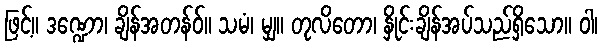
ဖြင့်။ ဒဏ္ဍော၊ ချိန်အတန်ဝ်။ သမံ၊ မျှ။ တုလိတော၊ နှိုင်းချိန်အပ်သည်ရှိသော။ ဝါ၊